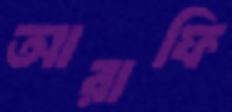
আরাফি